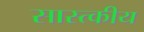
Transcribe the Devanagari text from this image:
सास्त्कीय